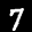
Label: 7